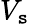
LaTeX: V_{\mathtt{s}}